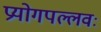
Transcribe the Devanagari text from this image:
प्रयोगपल्लवः